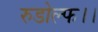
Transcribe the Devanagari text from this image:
रुडोल्फ।।